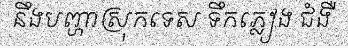
នឹងបញ្ហាស្រុកទេស ទឹកភ្លៀង ជំងឺ